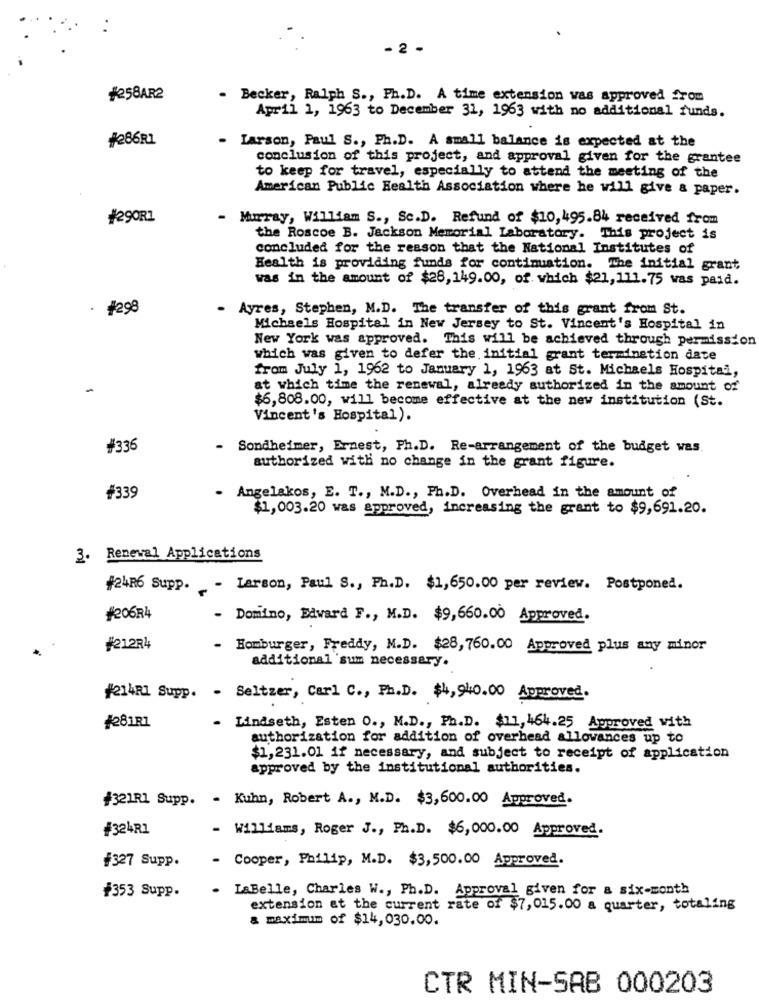
- 2 -
#258AR2
- Becker, Ralph S ., Ph.D. A time extension was approved from
April 1, 1963 to December 31, 1963 with no additional funds.
#286R1
Larson, Paul S ., Ph.D. A small balance is expected at the
conclusion of this project, and approval given for the grantee
to keep for travel, especially to attend the meeting of the
American Public Health Association where he will give & paper.
#290R1
-
Murray, William S ., Sc.D. Refund of $10,495.84 received from
the Roscoe B. Jackson Memorial Laboratory. This project is
concluded for the reason that the National Institutes of
Health is providing funds for continuation. The initial grant
was in the amount of $28,149.00, of which $21, 111.75 was paid.
$298
.
Ayres, Stephen, M.D. The transfer of this grant from St.
Michaels Hospital in New Jersey to St. Vincent's Hospital in
New York was approved. This will be achieved through permission
which was given to defer the initial grant termination date
from July 1, 1962 to January 1, 1963 at St. Michaels Hospital,
at which time the renewal, already authorized in the amount of
$6,808.00, will become effective at the new institution (St.
Vincent's Hospital).
#336
- Sondheimer, Ernest, Ph.D. Re-arrangement of the budget was.
authorized with no change in the grant figure.
#339
. Angelakos, E. T ., M.D ., Ph.D. Overhead in the amount of
$1, 003.20 was approved, increasing the grant to $9,691.20.
3. Renewal Applications
#24R6 Supp. - Larson, Paul S ., Ph.D. $1,650.00 per review. Postponed.
#206R4
Domino, Edward F ., M.D. $9,660.00 Approved.
#21284
-
Homburger, Freddy, M.D. $28, 760.00 Approved plus any minor
additional 'sum necessary.
214RL Supp. - Seltzer, Carl C ., Ph.D. $4,940.00 Approved.
#281R1
- Lindseth, Esten O ., M.D ., Ph.D. $11,464.25 Approved with
authorization for addition of overhead allowances up to
$1,231.01 if necessary, and subject to receipt of application
approved by the institutional authorities.
#321R1 Supp. - Kuhn, Robert A ., M.D. $3,600.00 Approved.
#324RI
- Williams, Roger J ., Ph.D. $6,000.00 Approved.
#327 Supp.
- Cooper, Philip, M.D. $3,500.00 Approved.
- LaBelle, Charles W ., Ph.D. Approval given for a six-month
#353 Supp.
extension at the current rate of $7,015.00 a quarter, totaling
& maximum of $14,030.00.
CTR MIN-SAB 000203